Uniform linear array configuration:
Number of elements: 8
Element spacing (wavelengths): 1
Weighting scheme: hann
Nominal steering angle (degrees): -45
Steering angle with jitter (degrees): -43.63
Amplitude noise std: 0.05
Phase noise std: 0.05

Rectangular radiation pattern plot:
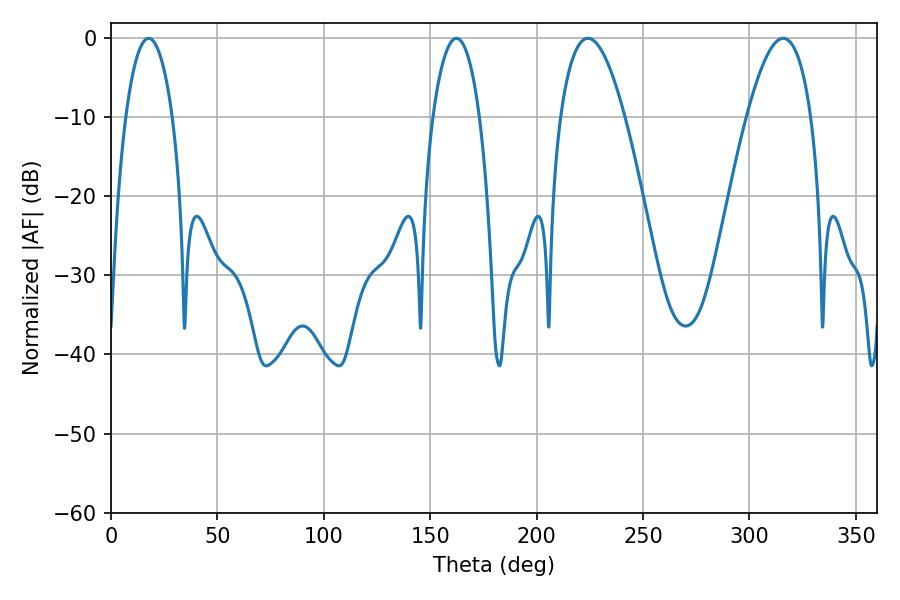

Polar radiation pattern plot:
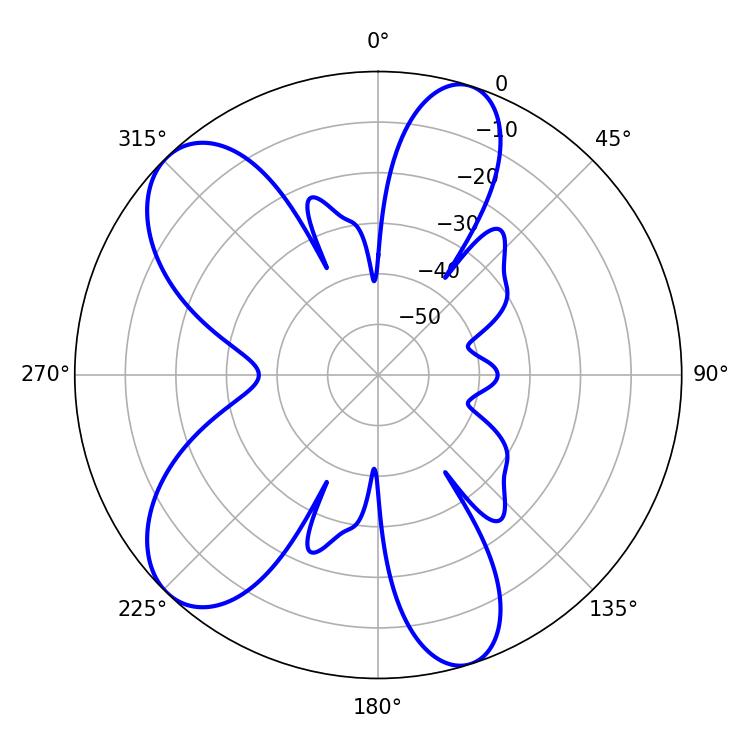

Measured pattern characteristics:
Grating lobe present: TRUE
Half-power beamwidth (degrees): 16.56
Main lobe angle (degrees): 224.1